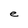
Character: e